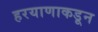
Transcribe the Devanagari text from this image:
हरयाणाकडून